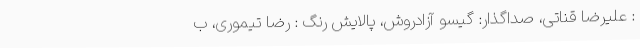
: علیرضا قناتی، صداگذار: گیسو آزادروش، پالایش رنگ : رضا تیموری، ب